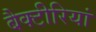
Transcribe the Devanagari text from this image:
बैक्टीरियां